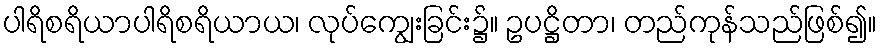
ပါရိစရိယာပါရိစရိယာယ၊ လုပ်ကျွေးခြင်း၌။ ဥပဋ္ဌိတာ၊ တည်ကုန်သည်ဖြစ်၍။